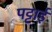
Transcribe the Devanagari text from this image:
पट्टाई